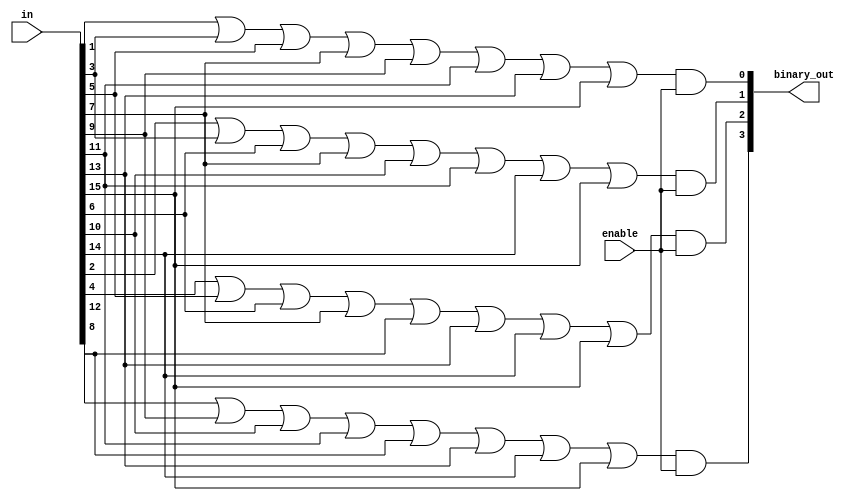
module b1_enc_assign(
 input [15:0] in,
 output [3:0] binary_out,
 input enable
 );
 assign binary_out[0] = (in[1] | in[3] | in[5] | in[7] | in[9] | in[11] | in[13] | in[15]) & enable;
 assign binary_out[1] = (in[2] | in[3] | in[6] | in[7] | in[10] | in[11] |   in[14] | in[15]) & enable;
 assign binary_out[2] = (in[4] | in[5] | in[6] | in[7] | in[12] | in[13] | in[14] | in[15]) & enable;
 assign binary_out[3] = (in[8] | in[9] | in[10] | in[11] | in[12] | in[13] | in[14] | in[15]) & enable;
endmodule